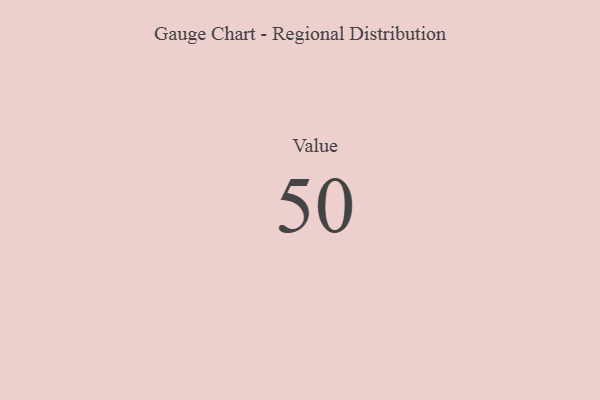
{"axis": {"x": "Metric", "y": "Value"}, "legend": [""], "data": [{"x": "Value", "y": 50, "type": ""}]}